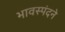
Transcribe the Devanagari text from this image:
भावस्पंदने